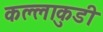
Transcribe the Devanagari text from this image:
कल्लाकुडी